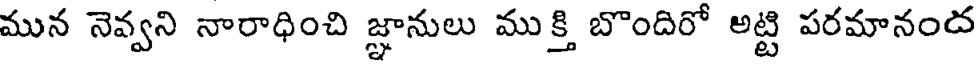
మున నెవ్వని నారాధించి జ్ఞానులు ముక్తి బొందిరో అట్టి పరమానంద